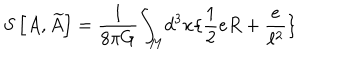
S \left[ A , \widetilde { A } \right] = \frac { 1 } { 8 \pi G } { \int } _ { M } d ^ { 3 } x \{ \frac { 1 } { 2 } e R + \frac { e } { \ell ^ { 2 } } \}